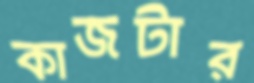
কাজটার